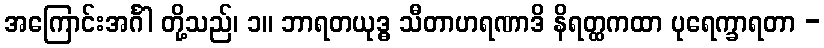
အကြောင်းအင်္ဂါ တို့သည်၊ ၁။ ဘာရတယုဒ္ဓ သီတာဟရဏာဒိ နိရတ္ထကထာ ပုရေက္ခာရတာ -